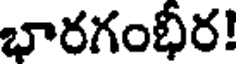
భారగంభీర!